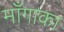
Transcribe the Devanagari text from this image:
माँगाका